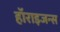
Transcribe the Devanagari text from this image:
हॉराइजन्स